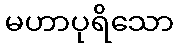
မဟာပုရိသော